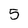
Character: 5